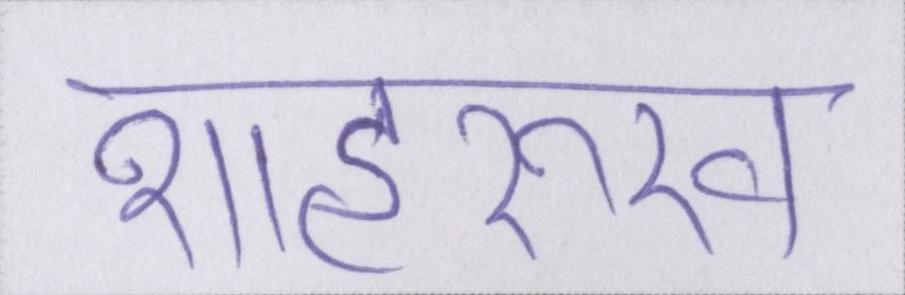
शाहरुख